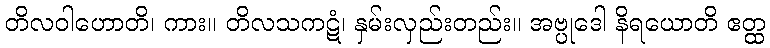
တိလဝါဟောတိ၊ ကား။ တိလသကဋံ၊ နှမ်းလှည်းတည်း။ အဗ္ပုဒေါ နိရယောတိ ဧတ္ထ